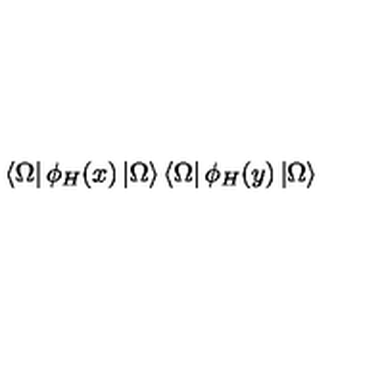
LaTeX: \left< \Omega \right| \phi _ { H } ( x ) \left| \Omega \right> \left< \Omega \right| \phi _ { H } ( y ) \left| \Omega \right>